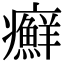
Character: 癬